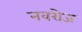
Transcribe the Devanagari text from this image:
नवरोज